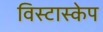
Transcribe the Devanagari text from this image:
विस्टास्केप